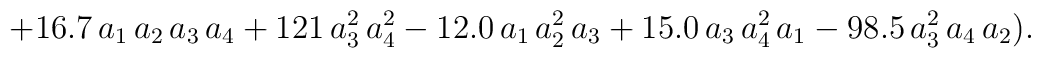
+16.7\,a_1 \,a_2 \,a_3\,a_4  + 121\,a_3^2\,a_4^2  -12.0\,a_1 \,a_2^2\,a_3+15.0\,a_3 \,a_4^2\,a_1  -98.5\,a_3^2\,a_4 \,a_2).